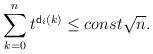
LaTeX: \begin{align*}\sum_{k=0}^{n}t^{\mathsf{d}_i(k)}\le const \sqrt n.\end{align*}